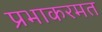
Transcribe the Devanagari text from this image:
प्रभाकरमत